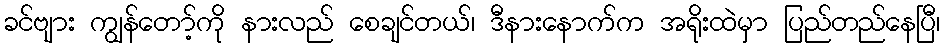
ခင်ဗျား ကျွန်တော့်ကို နားလည် စေချင်တယ်၊ ဒီနားနောက်က အရိုးထဲမှာ ပြည်တည်နေပြီ၊